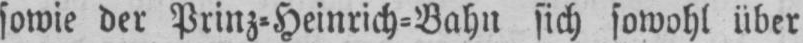
sowie der Prinz⸗Heinrich⸗Bahn sich sowohl über